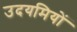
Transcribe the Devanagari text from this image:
उदयमियों